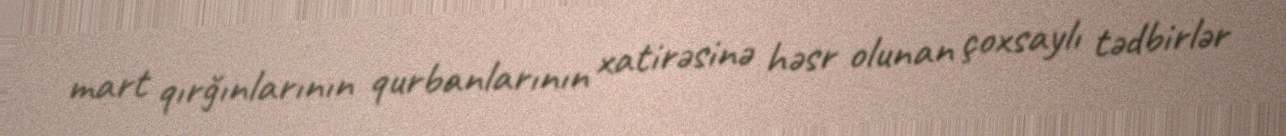
mart qırğınlarının qurbanlarının xatirəsinə həsr olunan çoxsaylı tədbirlər